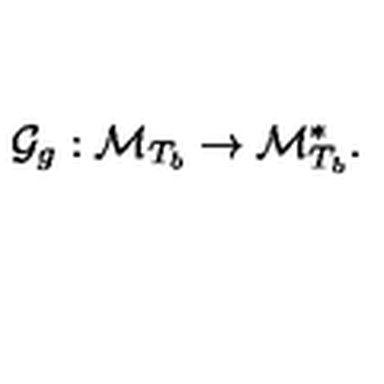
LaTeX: \mathcal { G } _ { g } : \mathcal { M } _ { T _ { b } } \rightarrow \mathcal { M } _ { T _ { b } } ^ { \ast } .